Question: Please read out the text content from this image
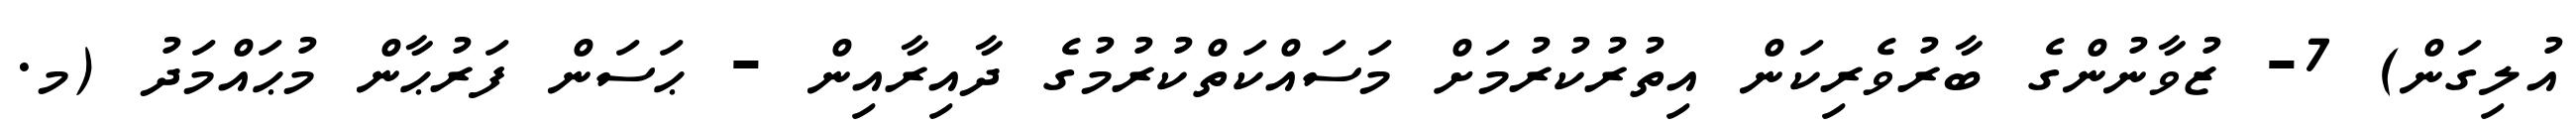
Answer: އުލިގަން) 7- ޒުވާނުންގެ ބާރުވެރިކަން އިތުރުކުރުމަށް މަސައްކަތްކުރުމުގެ ދާއިރާއިން - ޙަސަން ފަރުޙާން މުޙައްމަދު (މ.